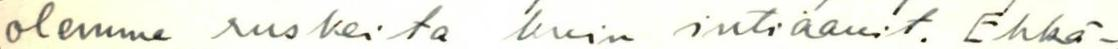
olemme ruskeita kuin intiaanit. Ehkä-